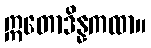
ဣတောဒိန္နကထာ။